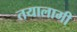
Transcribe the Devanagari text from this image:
तयालागी